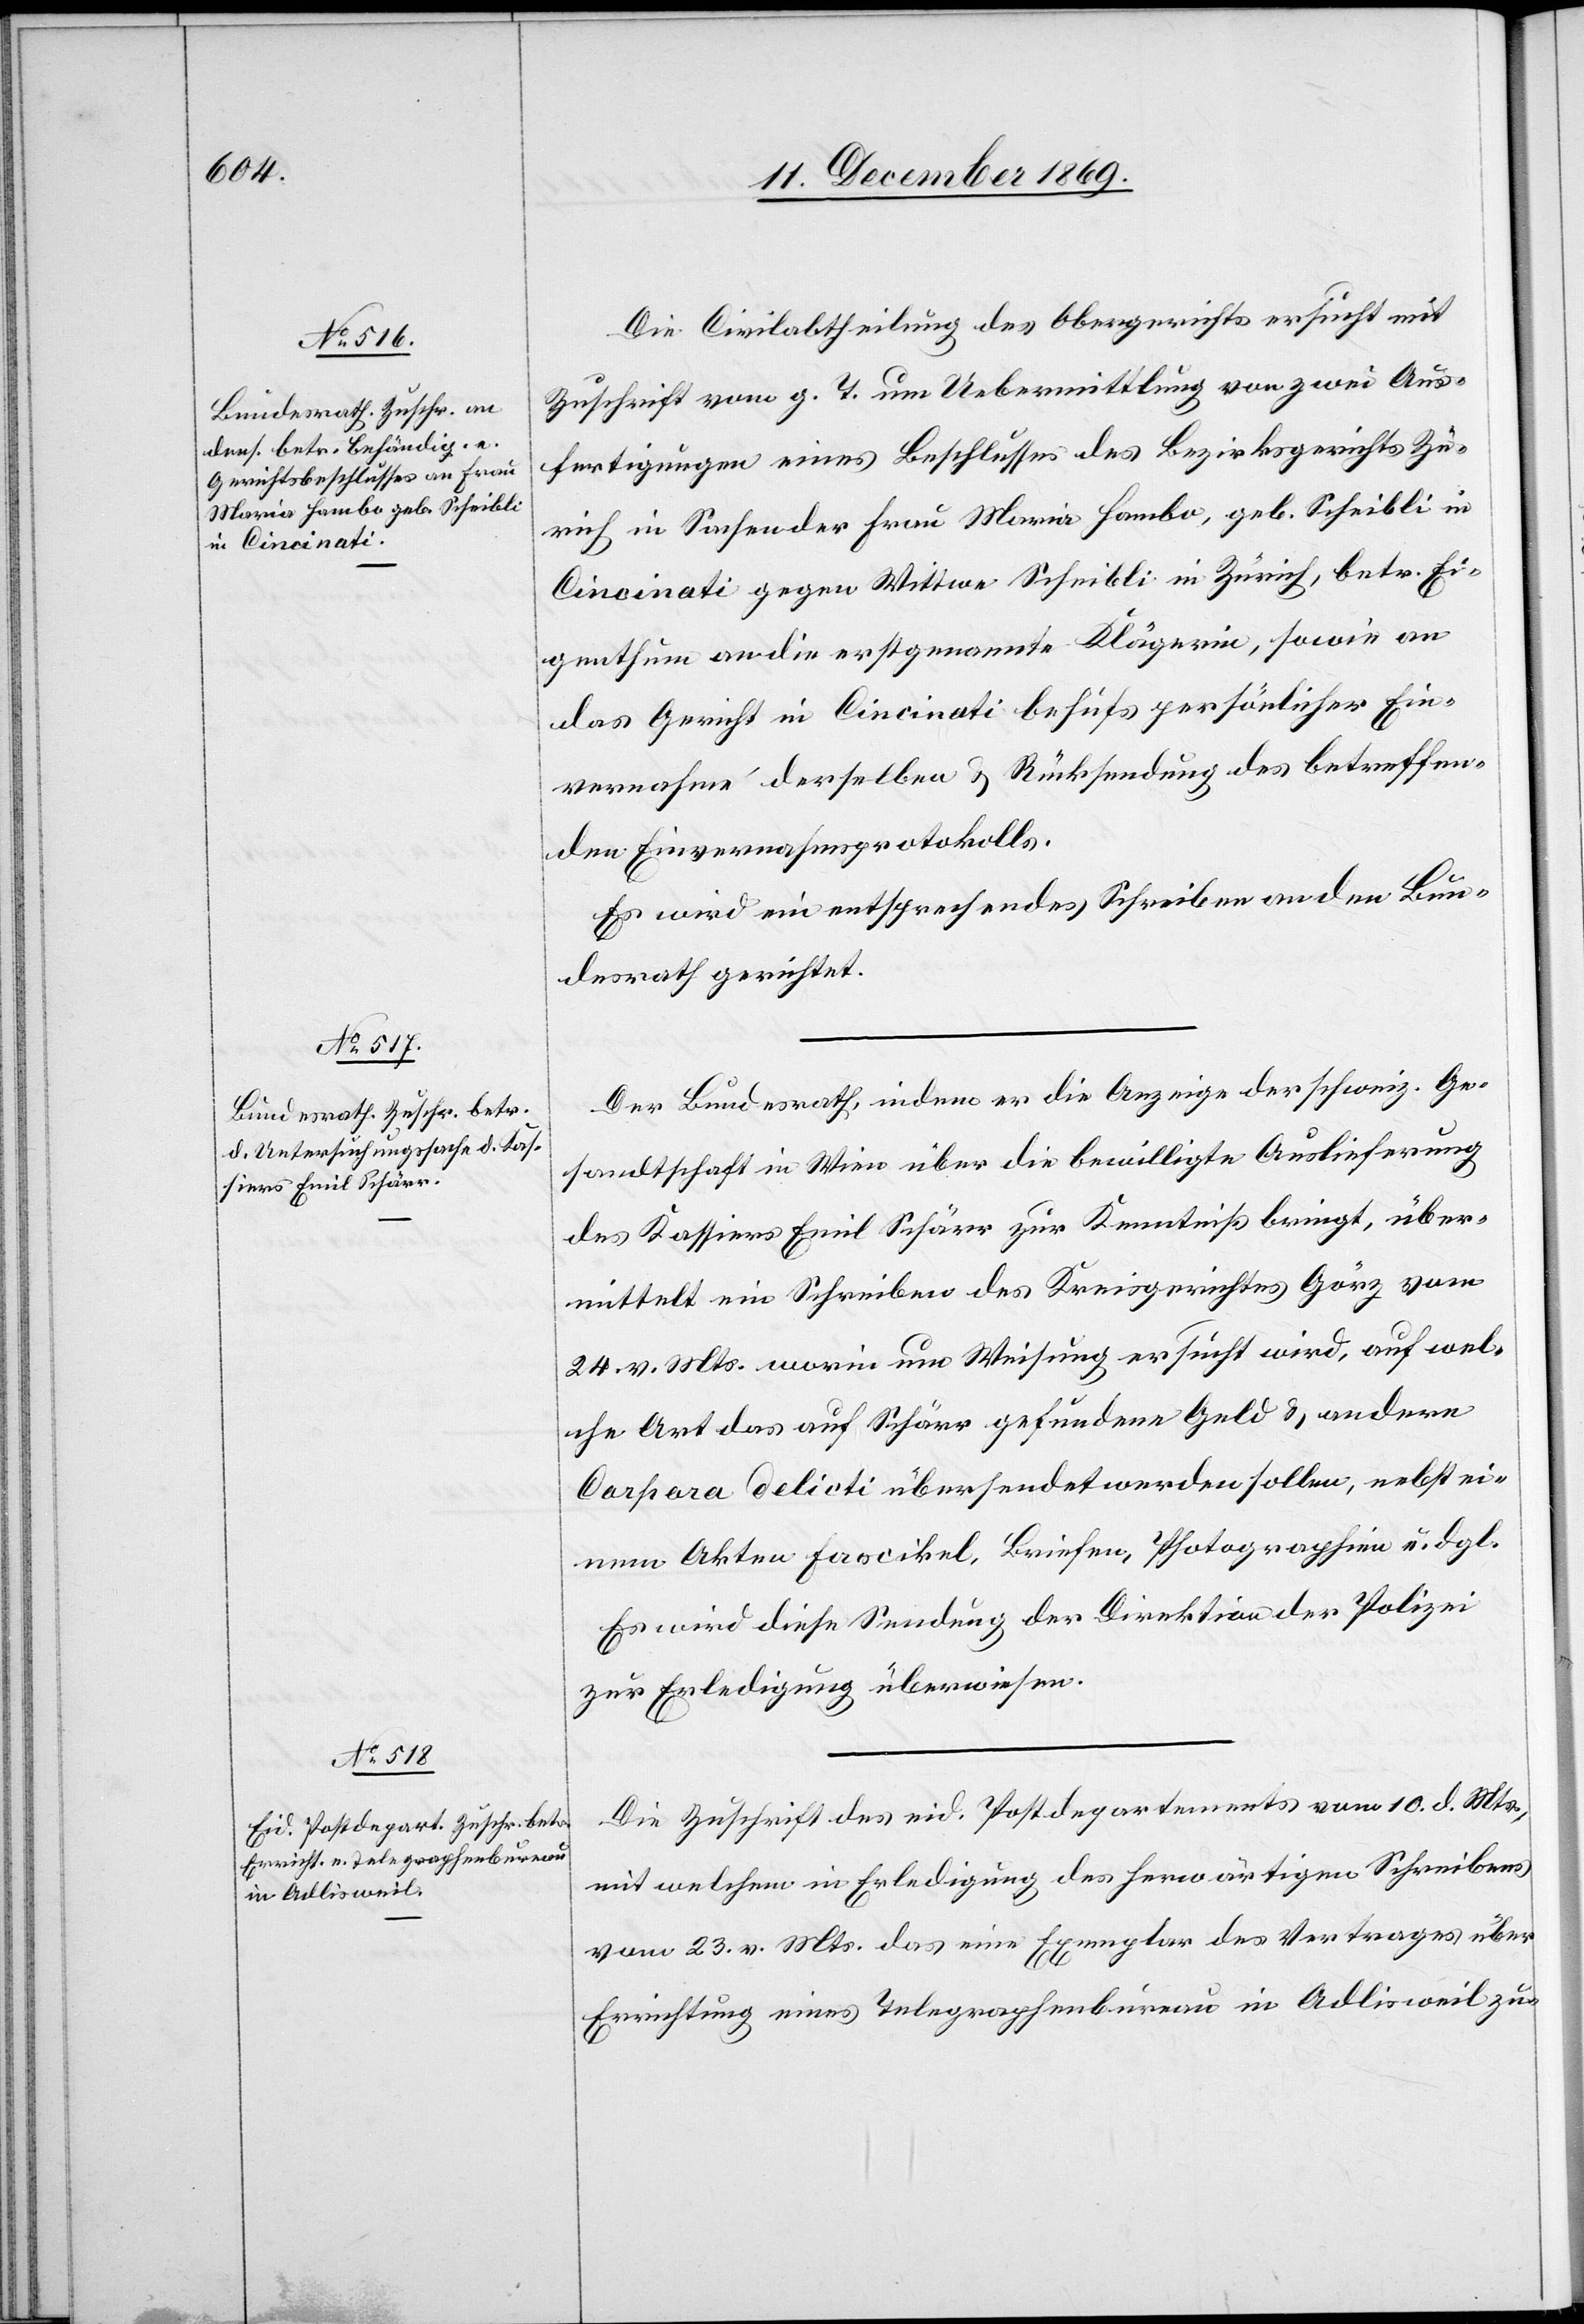
11. December 1869.]
Die Civilabtheilung des Obergerichts ersucht mit
Zuschrift vom g. T. um Uebermittlung von zwei Aus¬
fertigungen eines Beschlusses des Bezirksgerichts Zü¬
rich in Sachen der Frau Maria Hambo, geb. Scheibli in
Cincinati gegen Wittwe Scheibli in Zürich, betr. Ei¬
genthum an die erstgenannte Klägerin, sowie an
das Gericht in Cincinati behufs persönlicher Ein¬
vernahme derselben & Rücksendung des betreffen¬
den Einvernahmsprotokolls.
Es wird ein entsprechendes Schreiben an den Bun¬
desrath gerichtet.
Der Bundesrath, indem er die Anzeige der schweiz. Ge¬
sandtschaft in Wien über die bewilligte Auslieferung
des Kassiers Emil Schärr zur Kenntniß bringt, über¬
mittelt ein Schreiben des Kreisgerichtes Görz vom
24. v. Mts. worin um Weisung ersucht wird, auf wel¬
che Art das auf Schärr gefundene Geld & andere
Corpora delicti übersendet werden sollen, nebst ei¬
nem Akten Fascikel, Briefen, Photographien u. dgl.
Es wird diese Sendung der Direktion der Polizei
zur Erledigung überwiesen.
Die Zuschrift des eid. Postdepartements vom 10. d. Mts.,
mit welchem in Erledigung des herwärtigen Schreibens
vom 23. v. Mts. das eine Exemplar des Vertrages über
Errichtung eines Telegraphenbureau in Adlisweil zu-